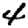
Digit: 4